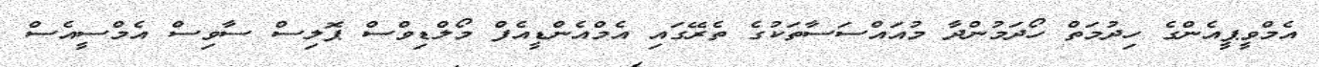
އެމްވީޕީއެންގެ ހިދުމަތް ހޯދަމުންދާ މުއައްސަސާތަކުގެ ތެރޭގައި އެމްއެންޑީއެފް މޯލްޑިވްސް ޕޮލިސް ސާވިސް އެމްސީއެސް